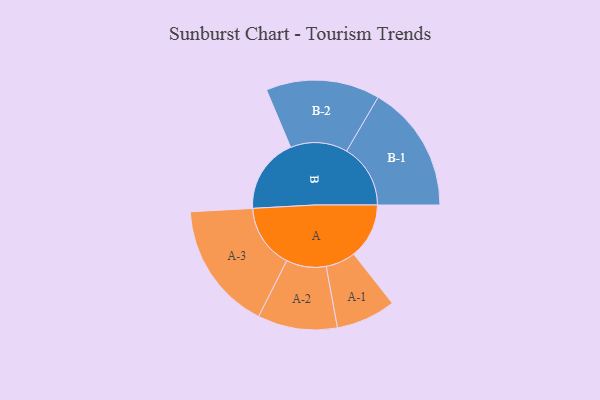
{"axis": {"x": "Segment", "y": "Value"}, "legend": ["", "A", "B"], "data": [{"x": "A", "y": 249, "type": ""}, {"x": "B", "y": 338, "type": ""}, {"x": "A-1", "y": 134, "type": "A"}, {"x": "A-2", "y": 179, "type": "A"}, {"x": "A-3", "y": 289, "type": "A"}, {"x": "B-1", "y": 287, "type": "B"}, {"x": "B-2", "y": 256, "type": "B"}]}